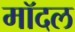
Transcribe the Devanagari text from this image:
मॉदल